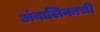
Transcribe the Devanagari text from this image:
अंबालिकाची